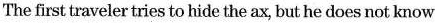
The first traveler tries to hide the ax, but he does not know